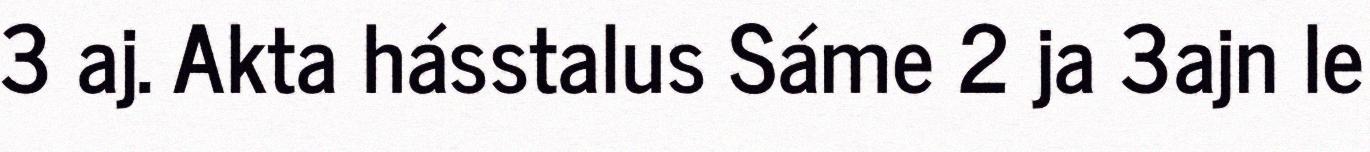
3 aj. Akta hásstalus Sáme 2 ja 3ajn le